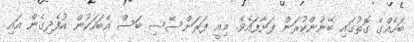
ބަހެއްގެ ގޮތުގައި ބޭނުންކުރަން ފަށާފައެވެ. މިއީ ފަރަންސޭސި ބަސް އެބަހަކުން އުފެދިގެން އައި